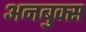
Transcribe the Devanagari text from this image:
अनबुक्स